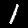
Digit: 1